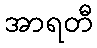
အာရတီ